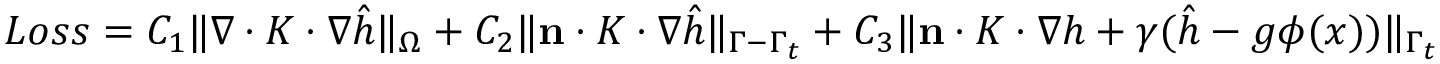
\begin{array} { r } { L o s s = C _ { 1 } \| \nabla \cdot K \cdot \nabla \hat { h } \| _ { \Omega } + C _ { 2 } \| \mathbf { n } \cdot K \cdot \nabla \hat { h } \| _ { \Gamma - \Gamma _ { t } } + C _ { 3 } \| \mathbf { n } \cdot K \cdot \nabla h + \gamma ( \hat { h } - g \phi ( x ) ) \| _ { \Gamma _ { t } } + ( \int _ { \Gamma _ { t } } \gamma ( h - \phi ) d s ) ^ { 2 } . } \end{array}